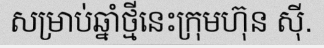
សម្រាប់ឆ្នាំថ្មីនេះក្រុមហ៊ុន ស៊ី.